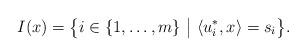
LaTeX: \begin{align*}I(x)=\big\{i\in\{1,\ldots,m\}~\big|~\langle u_i^*,x\rangle=s_i\big\}.\end{align*}